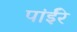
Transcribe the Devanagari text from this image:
पांईंरे